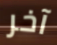
آخر